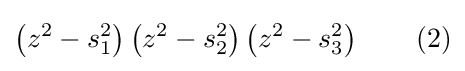
\left(z^{2}-s_{1}^{2}\right)\left(z^{2}-s_{2}^{2}\right)\left(z^{2}-s_{3}^{2}\right)\qquad (2)